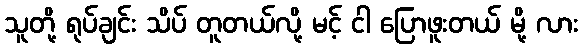
သူတို့ ရုပ်ချင်း သိပ် တူတယ်လို့ မင့် ငါ ပြောဖူးတယ် မို့ လား